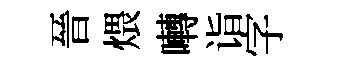
晉煨囀诣字